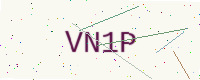
Text: VN1P